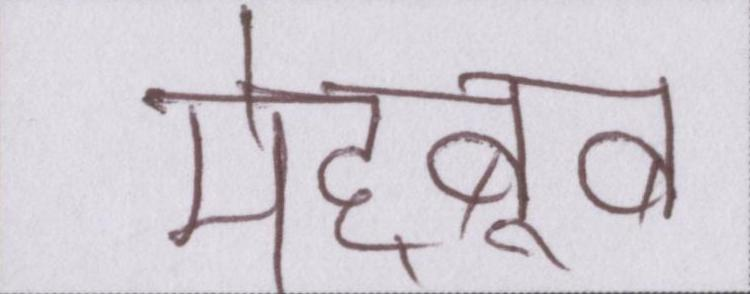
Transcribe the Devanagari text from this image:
मेह्बूब